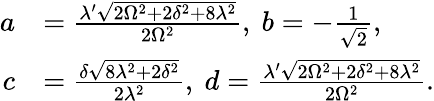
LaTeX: \begin{array}{rl}{a}&{=\frac{\lambda^{\prime}\sqrt{2\Omega^{2}+2\delta^{2}+8\lambda^{2}}}{2\Omega^{2}},~b=-\frac{1}{\sqrt{2}},}\\ {c}&{=\frac{\delta\sqrt{8\lambda^{2}+2\delta^{2}}}{2\lambda^{2}},~d=\frac{\lambda^{\prime}\sqrt{2\Omega^{2}+2\delta^{2}+8\lambda^{2}}}{2\Omega^{2}}.}\end{array}